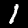
Digit: 1